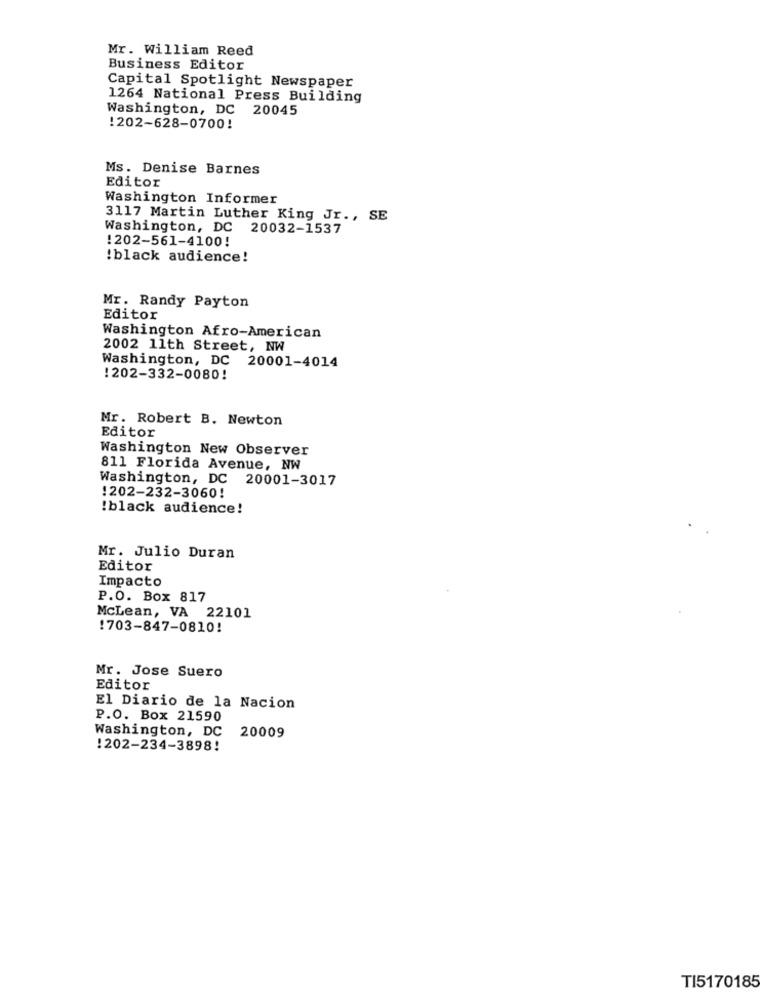
Mr. William Reed
Business Editor
Capital Spotlight Newspaper
1264 National Press Building
Washington, DC 20045
:202-628-0700!
Ms. Denise Barnes
Editor
Washington Informer
3117 Martin Luther King Jr ., SE
Washington, DC 20032-1537
!202-561-4100!
!black audience!
Mr. Randy Payton
Editor
Washington Afro-American
2002 11th Street, NW
Washington, DC 20001-4014
: 202-332-0080!
Mr. Robert B. Newton
Editor
Washington New Observer
811 Florida Avenue, NW
Washington, DC 20001-3017
!202-232-3060!
!black audience!
Mr. Julio Duran
Editor
Impacto
P.O. Box 817
McLean, VA 22101
!703-847-0810!
Mr. Jose Suero
Editor
El Diario de la Nacion
P.O. Box 21590
Washington, DC
20009
!202-234-3898!
TI5170185